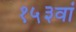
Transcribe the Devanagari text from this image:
१५३वां